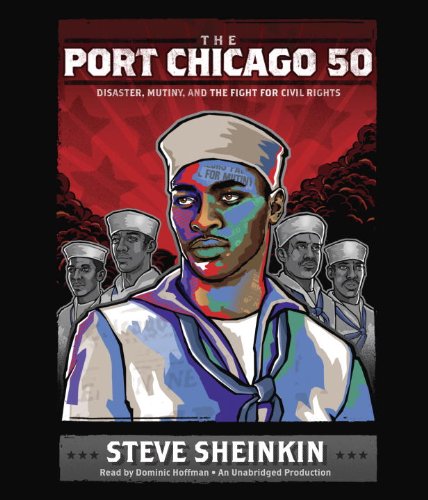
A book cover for The Port Chicago 50: Disaster, Mutiny, and the Fight for Civil Rights; Steve Sheinkin; Teen & Young Adult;